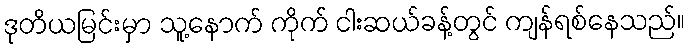
ဒုတိယမြင်းမှာ သူ့နောက် ကိုက် ငါးဆယ်ခန့်တွင် ကျန်ရစ်နေသည်။